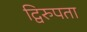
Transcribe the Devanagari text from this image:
द्विरुपता